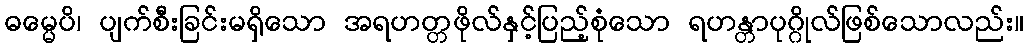
ဓမ္မေပိ၊ ပျက်စီးခြင်းမရှိသော အရဟတ္တဖိုလ်နှင့်ပြည့်စုံသော ရဟန္တာပုဂ္ဂိုလ်ဖြစ်သောလည်း။